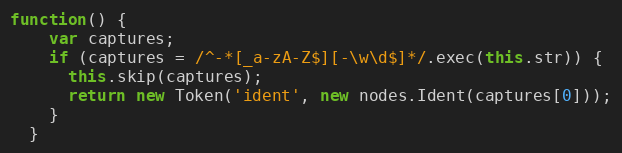
Language: JavaScript
function() {
    var captures;
    if (captures = /^-*[_a-zA-Z$][-\w\d$]*/.exec(this.str)) {
      this.skip(captures);
      return new Token('ident', new nodes.Ident(captures[0]));
    }
  }